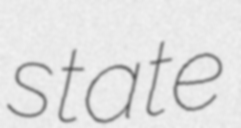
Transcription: state